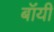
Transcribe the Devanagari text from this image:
बॉंयी